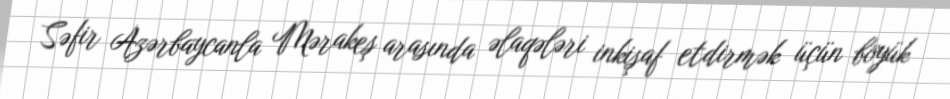
Səfir Azərbaycanla Mərakeş arasında əlaqələri inkişaf etdirmək üçün böyük